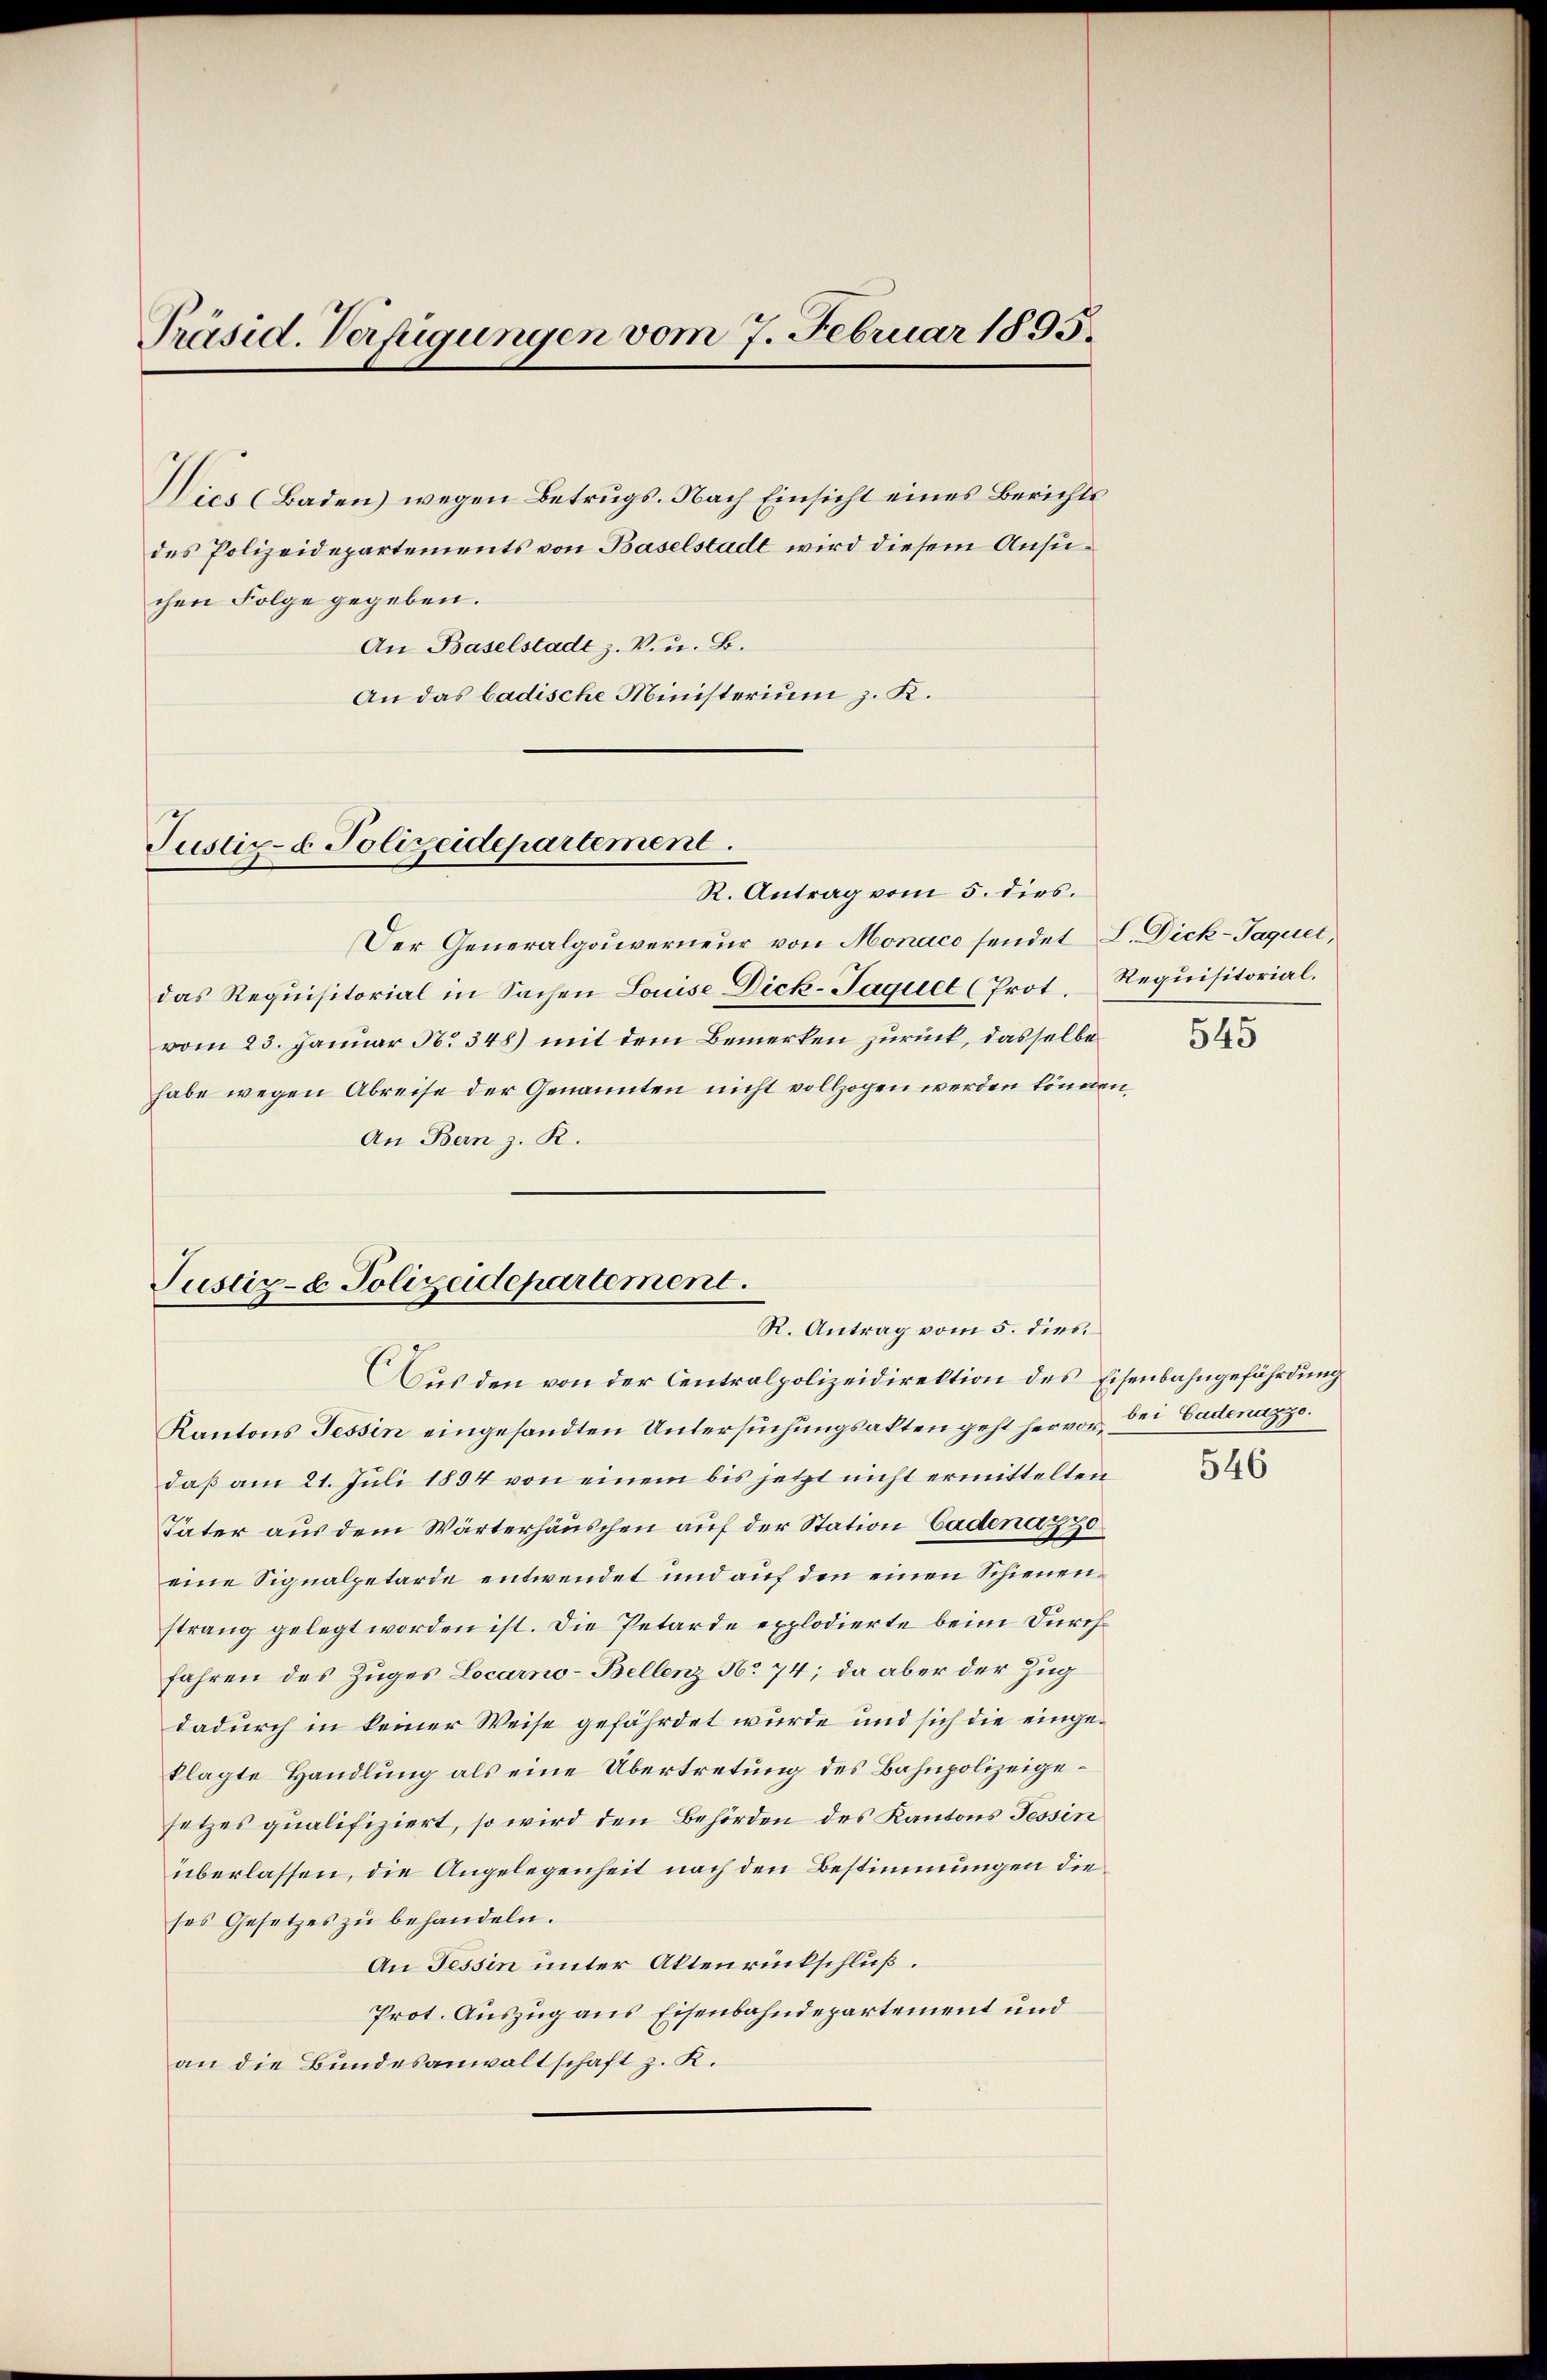
Präsid. Verfügungen vom 7. Februar 1895.
Dies (Baden) wegen Betrugs. Nach Einsicht eines Berichts
des Polizeidepartements von Baselstadt wird diesem Ansuchen Folge gegeben.
An Baselstadt z. V. u. B.

An das badische Ministerium z. K.

Justiz- & Polizeidepartement.

Justiz- & Polizeidepartement.
R. Antrag vom 5. dies
Aus den von der Centralpolizeidirektion des Eisenbahngefährdung

R. Antrag vom 5. dies.

Der Generalgouverneur von Monaco sendet L. Dick-Jaquet,
das Requisitorial in Sachen Louise Dick-Jaquel (Prot. Requisitorial.
vom 23. Januar N. 348) mit dem Bemerken zurück, dasselbe
habe wegen Abreise der Genannten nicht vollzogen werden können,
An Bern z. R.

Kantons Tessin eingesandten Untersuchungsakten geht hervor, der Cadenazzo.
daß am 21. Juli 1894 von einem bis jetzt nicht ermittelten
Vater aus dem Wärterhäuschen auf der Station Cadena 370
eine Signalpetarde entwendet und auf den einen Schienenstrang gelegt worden ist. Die Petarde explodierte beim Durchfahren des Zuges Locarno-Bellenz No 74; da aber der Zug
dadurch in keiner Weise gefährdet wurde und sich die eingeklagte Handlung als eine Übertretung des Bahnpolizeigesetzes qualifiziert, so wird den Behörden des Kantons Tessin
überlassen, die Angelegenheit nach den Bestimmungen die
ses Gesetzes zu behandeln.
An Tessin unter Aktenrückschluß.
Prot. Auszug aus Eisenbahndepartement und
an die Bundesanwaltschaft z. K.

545

546